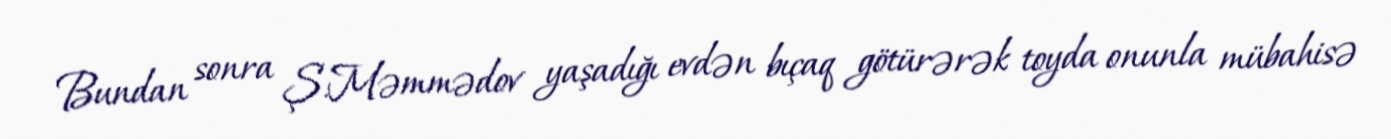
Bundan sonra Ş.Məmmədov yaşadığı evdən bıçaq götürərək toyda onunla mübahisə